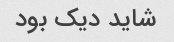
شاید دیک بود